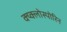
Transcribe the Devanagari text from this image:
क्य्क्लोस्पोरिन